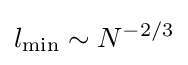
l_{\min }\sim N^{-2/3}